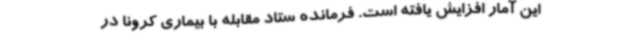
این آمار افزایش یافته است. فرمانده ستاد مقابله با بیماری کرونا در